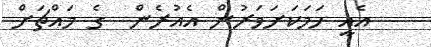
އެއީ ހަމަކަށަވަރުން އެއުރެން  ގެ މައްޗަށް